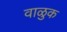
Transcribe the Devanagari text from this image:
वाळुक